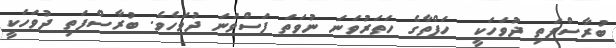
ބުރާސްފަތި ދުވަހަކީ  ހަފްތާގެ ހަތަރުވަނަ ނުވަތަ ފަސްވަނަ ދުވަހެވެ. ބުރާސްފަތި ދުވަހަކީ